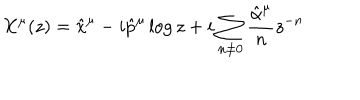
LaTeX: X ^ { \mu } ( z ) = \hat { x } ^ { \mu } - i \hat { p } ^ { \mu } \log z + i \sum _ { n \neq 0 } \frac { \hat { \alpha } ^ { \mu } } { n } z ^ { - n }